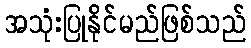
အသုံးပြုနိုင်မည်ဖြစ်သည်